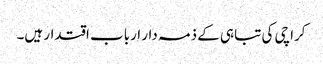
کراچی کی تباہی کے ذمہ دار ارباب اقتدار ہیں۔